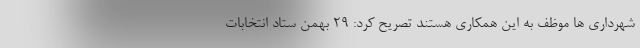
شهرداری ها موظف به این همکاری هستند تصریح کرد: ۲۹ بهمن ستاد انتخابات